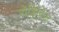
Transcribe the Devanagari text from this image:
रोड्रिग्वेज